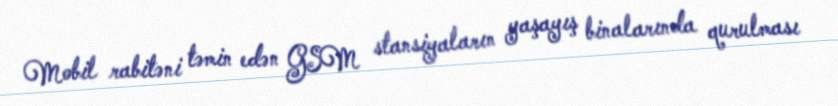
Mobil rabitəni təmin edən GSM stansiyaların yaşayış binalarında qurulması